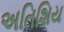
અતિશિય